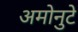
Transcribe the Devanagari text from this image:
अमोनुटे